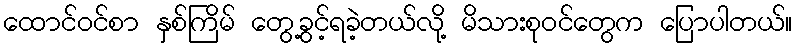
ထောင်ဝင်စာ နှစ်ကြိမ် တွေ့ခွင့်ရခဲ့တယ်လို့ မိသားစုဝင်တွေက ပြောပါတယ်။